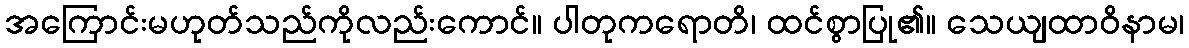
အကြောင်းမဟုတ်သည်ကိုလည်းကောင်။ ပါတုကရောတိ၊ ထင်စွာပြု၏။ သေယျထာဝိနာမ၊